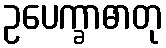
ဥပေက္ခာဓာတု